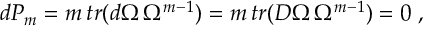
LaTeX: d P _ { m } = m \, t r ( d \Omega \, \Omega ^ { m - 1 } ) = m \, t r ( D \Omega \, \Omega ^ { m - 1 } ) = 0 \; ,